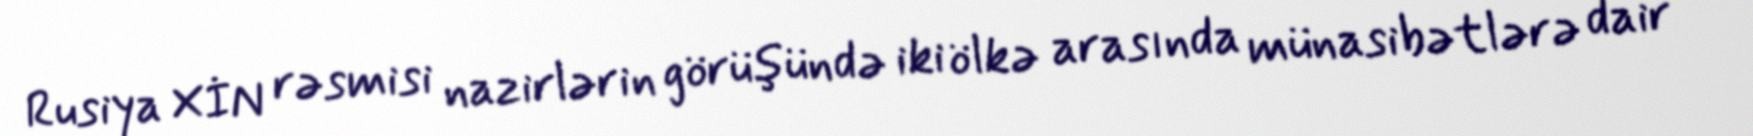
Rusiya XİN rəsmisi nazirlərin görüşündə iki ölkə arasında münasibətlərə dair